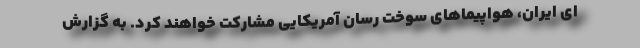
ای ایران، هواپیماهای سوخت رسان آمریکایی مشارکت خواهند کرد. به گزارش